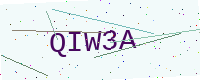
Text: QIW3A